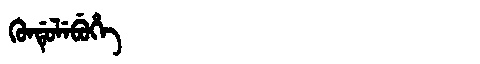
Manchu: ᡴᡠᠨᡩᡠᠯᡝᠪᡠᡥᡝ
Romanization: KUNDULEBUHE